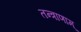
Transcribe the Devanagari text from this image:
तन्त्राणाम्